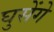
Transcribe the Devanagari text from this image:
घुसेंगे